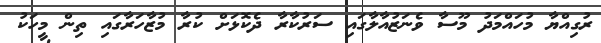
ރުގިއްޔާ މުހައްމަދު މޫސާ ވެނަޒުއާލާގައި ސަރުކާރާ ދެކޮޅަށް ކުރާ މުޒާހަރާގައި ތިން މީހަކު